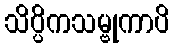
သိပ္ပိကသမ္ဗုကာပိ